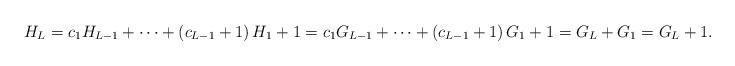
LaTeX: \begin{align*}H_{L}=c_1H_{L-1}+\cdots+\left( c_{L-1}+1 \right) H_{1}+1=c_1G_{L-1}+\cdots+\left( c_{L-1}+1 \right) G_1+1=G_{L}+G_1=G_{L}+1.\end{align*}